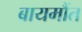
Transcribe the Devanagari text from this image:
बायमौंत